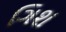
ગિશ